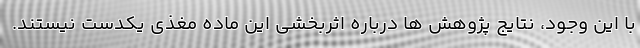
با این وجود، نتایج پژوهش ها درباره اثربخشی این ماده مغذی یکدست نیستند.